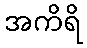
အကိရိ